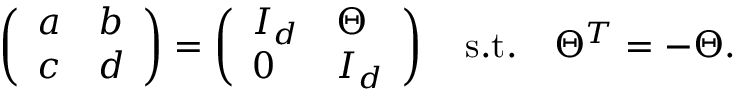
\left( \begin{array} { l l } { { a } } & { { b } } \\ { { c } } & { { d } } \end{array} \right) = \left( \begin{array} { l l } { { I _ { d } } } & { { \Theta } } \\ { { 0 } } & { { I _ { d } } } \end{array} \right) \ \ \ \mathrm { s . t . } \ \ \ \Theta ^ { T } = - \Theta .